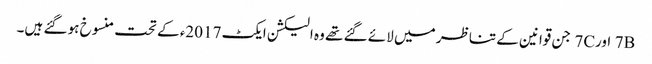
7B اور7C جن قوانین کے تناظر میں لائے گئے تھے وہ الیکشن ایکٹ 2017ء کے تحت منسوخ ہو گئے ہیں۔